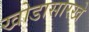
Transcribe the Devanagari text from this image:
खोडासारखे